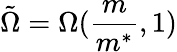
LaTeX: \tilde{\Omega}=\Omega(\frac{m}{m^{*}},1)